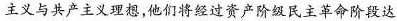
主义与共产主义理想，他们将经过资产阶级民主革命阶段达